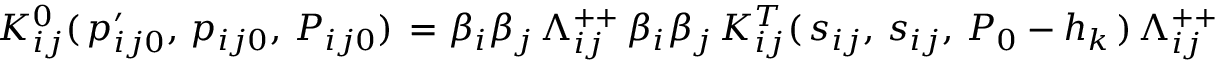
K _ { i j } ^ { 0 } ( \, p _ { i j 0 } ^ { \prime } , \, p _ { i j 0 } , \, P _ { i j 0 } ) \, = \beta _ { i } \beta _ { j } \, \Lambda _ { i j } ^ { + + } \, \beta _ { i } \beta _ { j } \, K _ { i j } ^ { T } ( \, s _ { i j } , \, s _ { i j } , \, P _ { 0 } - h _ { k } \, ) \, \Lambda _ { i j } ^ { + + }